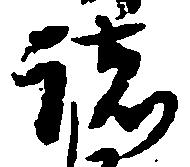
諸